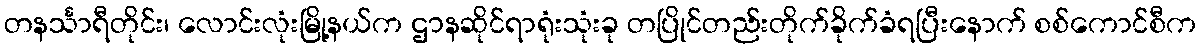
တနင်္သာရီတိုင်း၊ လောင်းလုံးမြို့နယ်က ဌာနဆိုင်ရာရုံးသုံးခု တပြိုင်တည်းတိုက်ခိုက်ခံရပြီးနောက် စစ်ကောင်စီက